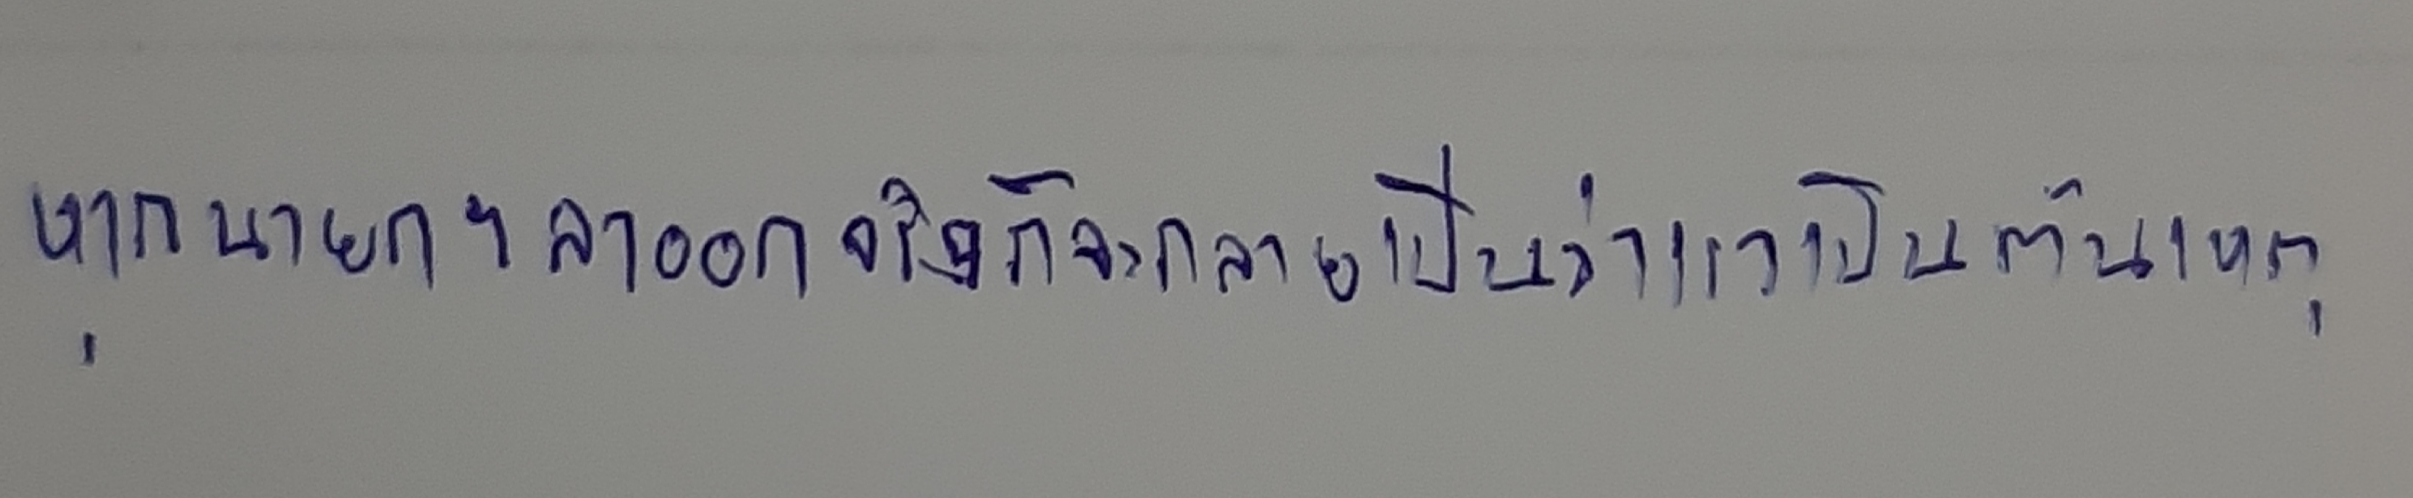
หากนายกฯลาออกจริงก็จะกลายเป็นว่าเราเป็นต้นเหตุ